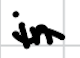
Text: in
Cross-out: wave
Writing tool: digital_black